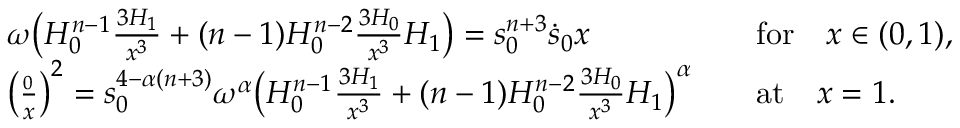
\begin{array} { r l r l } & { \omega \big ( H _ { 0 } ^ { n - 1 } \frac { \d ^ { 3 } H _ { 1 } } { \d x ^ { 3 } } + ( n - 1 ) H _ { 0 } ^ { n - 2 } \frac { \d ^ { 3 } H _ { 0 } } { \d x ^ { 3 } } H _ { 1 } \big ) = s _ { 0 } ^ { n + 3 } \dot { s } _ { 0 } x } & & { \mathrm { f o r } \quad x \in ( 0 , 1 ) , } \\ & { \big ( \frac { \d H _ { 0 } } { \d x } \big ) ^ { 2 } = s _ { 0 } ^ { 4 - \alpha ( n + 3 ) } \omega ^ { \alpha } \big ( H _ { 0 } ^ { n - 1 } \frac { \d ^ { 3 } H _ { 1 } } { \d x ^ { 3 } } + ( n - 1 ) H _ { 0 } ^ { n - 2 } \frac { \d ^ { 3 } H _ { 0 } } { \d x ^ { 3 } } H _ { 1 } \big ) ^ { \alpha } } & & { \mathrm { a t } \quad x = 1 . } \end{array}